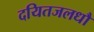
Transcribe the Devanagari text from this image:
दयितजलधौ